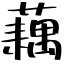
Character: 藕